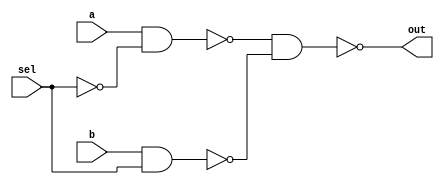
module sel_2x1 (a, b, sel, out);
  input a, b, sel;
  output out;
  wire sel_a, sel_b;

  assign sel_a = ~(a & ~sel);
  assign sel_b = ~(b & sel);
  assign out = ~(sel_a & sel_b);

endmodule // sel_2x1